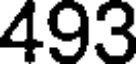
493